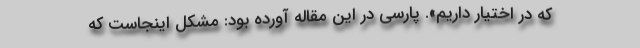
که در اختیار داریم». پارسی در این مقاله آورده بود: مشکل اینجاست که